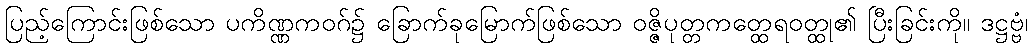
ပြည့်ကြောင်းဖြစ်သော ပကိဏ္ဏကဝဂ်၌ ခြောက်ခုမြောက်ဖြစ်သော ဝဇ္ဇိပုတ္တကတ္ထေရဝတ္ထု၏ ပြီးခြင်းကို။ ဒဋ္ဌဗ္ဗံ၊